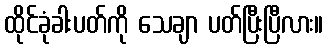
ထိုင်ခုံခါးပတ်ကို သေချာ ပတ်ပြီးပြီလား။